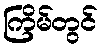
ကြိမ်တွင်